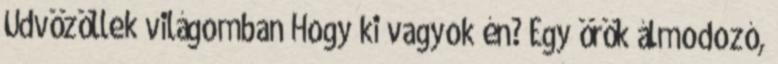
Üdvözöllek világomban Hogy ki vagyok én? Egy örök álmodozó,